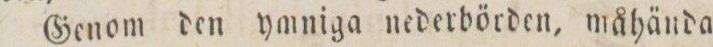
Genom den ymniga nederbörden, måhända